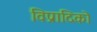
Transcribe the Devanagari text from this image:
विप्रादिको